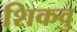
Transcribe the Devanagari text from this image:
शिकवु